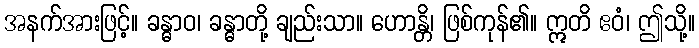
အနက်အားဖြင့်။ ခန္ဓာဝ၊ ခန္ဓာတို့ ချည်းသာ။ ဟောန္တိ၊ ဖြစ်ကုန်၏။ ဣတိ ဧဝံ၊ ဤသို့။